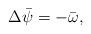
LaTeX: \begin{align*}\Delta \bar \psi=- \bar \omega,\end{align*}